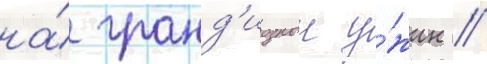
на́ гранд'иозныи у́жин //